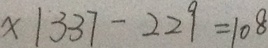
x \vert 3 3 7 - 2 2 9 = 1 0 8